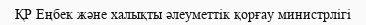
ҚР Еңбек және халықты әлеуметтік қорғау министрлігі